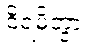
ဝိရမိတွာ